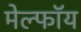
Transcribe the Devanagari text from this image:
मेल्फॉय